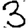
Digit: 3